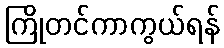
ကြိုတင်ကာကွယ်ရန်